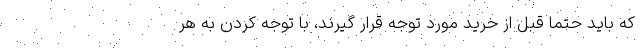
که باید حتما قبل از خرید مورد توجه قرار گیرند، با توجه کردن به هر